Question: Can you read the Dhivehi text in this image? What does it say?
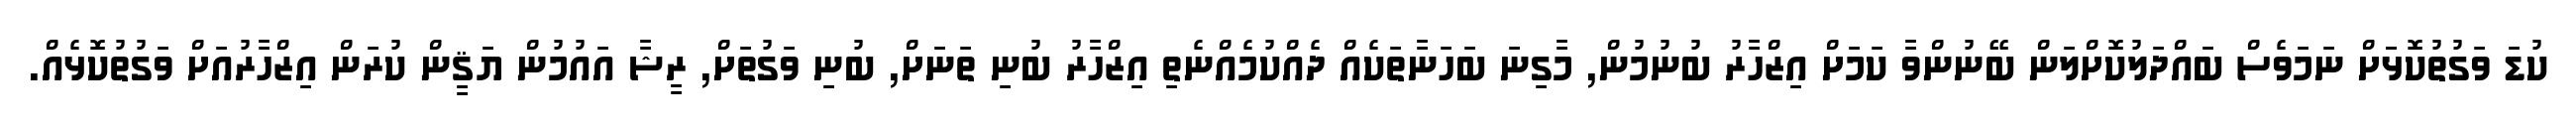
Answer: ކުޑަ ވަގުތުކޮޅަަށް ނަމަވެސް ބައްދަލުކޮށްލަން ބޭނުންވާ ކަމަށް އިޒްހާރު ބުނުމުން, މާގިނަ ބަހަނާތަކެއް ދެއްކުމެއްނެތި އިޒްހާރު ބުނި ތަނަށް, ބުނި ވަގުތަށް, ރީޝާ އައުމުން ޔަޤީން ކުރަން އިޒްހާރުއަށް ވަގުތުކޮޅެއް.